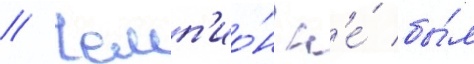
// Чемп'ио́н н'е́ бы́л